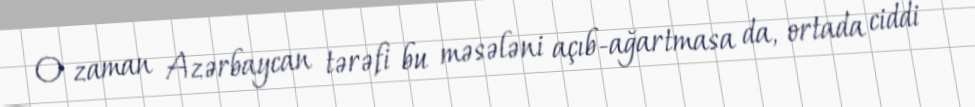
O zaman Azərbaycan tərəfi bu məsələni açıb-ağartmasa da, ortada ciddi